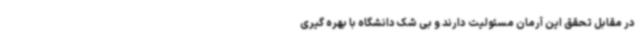
در مقابل تحقق این آرمان مسئولیت دارند و بی شک دانشگاه با بهره گیری